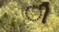
ી